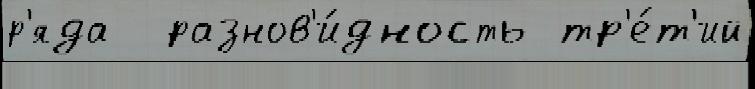
р'яда  разнов'и́дность тр'е́т'ий